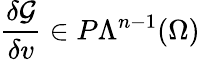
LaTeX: \frac{\delta\mathcal{G}}{\delta v}\in P\Lambda^{n-1}(\Omega)